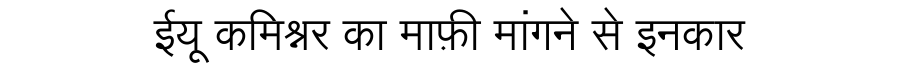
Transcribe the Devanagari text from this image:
ईयू कमिश्नर का माफ़ी मांगने से इनकार